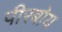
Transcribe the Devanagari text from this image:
पीरबोय